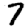
Digit: 7